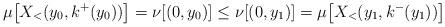
LaTeX: \begin{align*}\mu \big [X_<(y_0,k^+(y_0)) \big ]=\nu[(0,y_0)] \leq \nu[(0,y_1)] =\mu \big[X_< (y_1,k^-(y_1)) \big ]\end{align*}